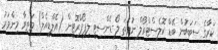
ކަރާގެ ސަބަބުން ބޭޑް ކޮލެސްޓްރޯލް ނުވަތަ ލޯ-ޑެންސިޓީ ލިޕޯޕްރޮޓީން (އެލްޑީއެލް) މަތިވާ މިންވަރު